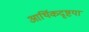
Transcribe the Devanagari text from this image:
आर्थिकदृष्टया